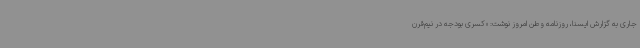
جاری به گزارش ایسنا، روزنامه وطن امروز نوشت: «کسری بودجه در نیم‌قرن